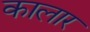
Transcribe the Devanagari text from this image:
कालार